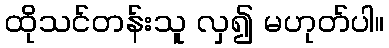
ထိုသင်တန်းသူ လှ၍ မဟုတ်ပါ။